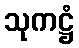
သုကဋ္ဌံ